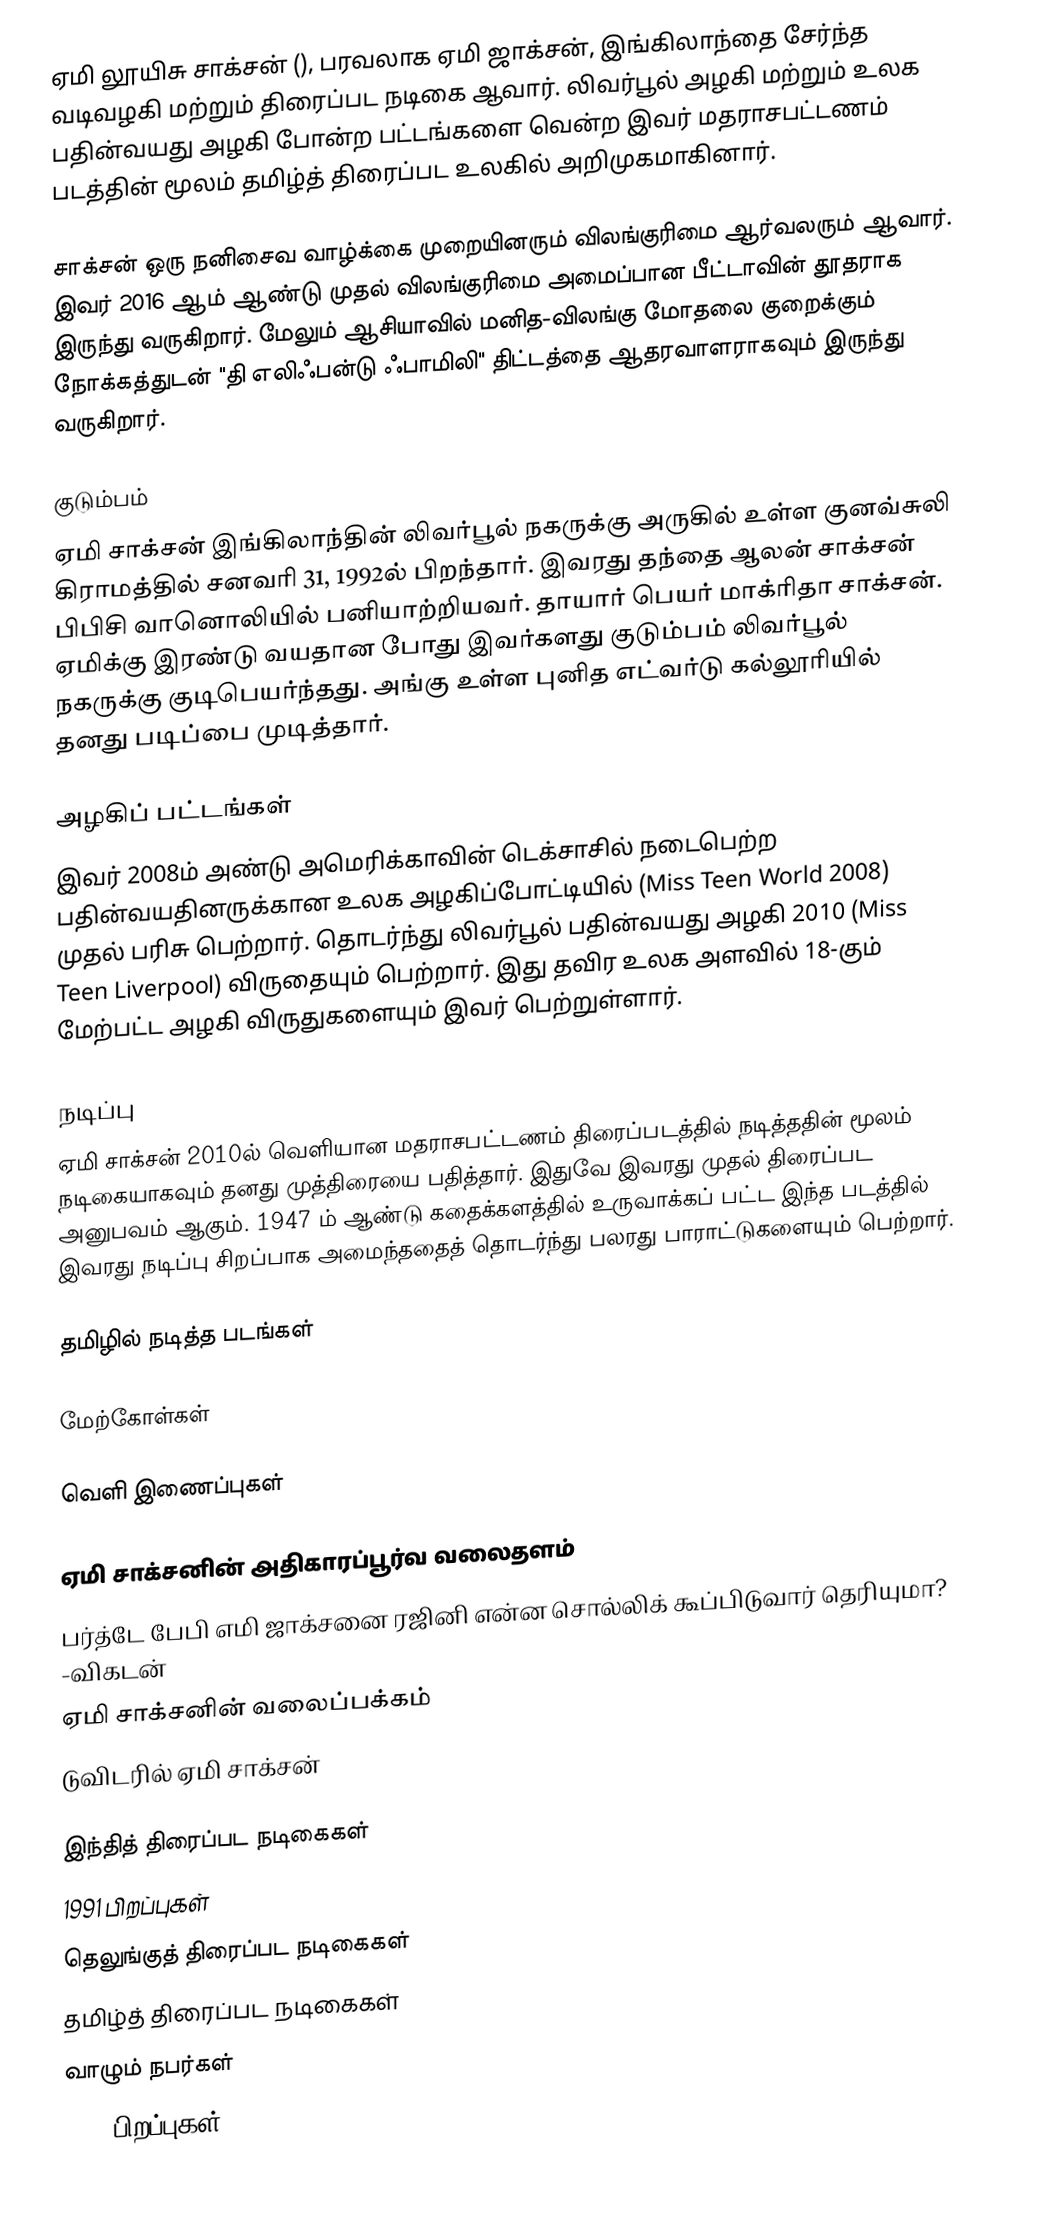
ஏமி லூயிசு சாக்சன் (), பரவலாக ஏமி ஜாக்சன், இங்கிலாந்தை சேர்ந்த வடிவழகி மற்றும் திரைப்பட நடிகை ஆவார். லிவர்பூல் அழகி மற்றும் உலக பதின்வயது அழகி போன்ற பட்டங்களை வென்ற இவர் மதராசபட்டணம் படத்தின் மூலம் தமிழ்த் திரைப்பட உலகில் அறிமுகமாகினார்.

சாக்சன் ஒரு நனிசைவ வாழ்க்கை முறையினரும் விலங்குரிமை ஆர்வலரும் ஆவார். இவர் 2016 ஆம் ஆண்டு முதல் விலங்குரிமை அமைப்பான பீட்டாவின் தூதராக இருந்து வருகிறார். மேலும் ஆசியாவில் மனித-விலங்கு மோதலை குறைக்கும் நோக்கத்துடன் "தி எலிஃபன்டு ஃபாமிலி" திட்டத்தை ஆதரவாளராகவும் இருந்து வருகிறார்.

குடும்பம்
ஏமி சாக்சன் இங்கிலாந்தின் லிவர்பூல் நகருக்கு அருகில் உள்ள குனவ்சுலி கிராமத்தில் சனவரி 31, 1992ல் பிறந்தார். இவரது தந்தை ஆலன் சாக்சன் பிபிசி வானொலியில் பனியாற்றியவர். தாயார் பெயர் மாக்ரிதா சாக்சன். ஏமிக்கு இரண்டு வயதான போது இவர்களது குடும்பம் லிவர்பூல் நகருக்கு குடிபெயர்ந்தது. அங்கு உள்ள புனித எட்வர்டு கல்லூரியில் தனது படிப்பை முடித்தார்.

அழகிப் பட்டங்கள்
இவர் 2008ம் அண்டு அமெரிக்காவின் டெக்சாசில் நடைபெற்ற பதின்வயதினருக்கான உலக அழகிப்போட்டியில் (Miss Teen World 2008) முதல் பரிசு பெற்றார். தொடர்ந்து லிவர்பூல் பதின்வயது அழகி 2010 (Miss Teen Liverpool) விருதையும் பெற்றார். இது தவிர உலக அளவில் 18-கும் மேற்பட்ட அழகி விருதுகளையும் இவர் பெற்றுள்ளார்.

நடிப்பு
ஏமி சாக்சன் 2010ல் வெளியான மதராசபட்டணம் திரைப்படத்தில் நடித்ததின் மூலம் நடிகையாகவும் தனது முத்திரையை பதித்தார். இதுவே இவரது முதல் திரைப்பட அனுபவம் ஆகும். 1947 ம் ஆண்டு கதைக்களத்தில் உருவாக்கப் பட்ட இந்த படத்தில் இவரது நடிப்பு சிறப்பாக அமைந்ததைத் தொடர்ந்து பலரது பாராட்டுகளையும் பெற்றார்.

தமிழில் நடித்த படங்கள்

மேற்கோள்கள்

வெளி இணைப்புகள்

 ஏமி சாக்சனின் அதிகாரப்பூர்வ வலைதளம்
 பர்த்டே பேபி எமி ஜாக்சனை ரஜினி என்ன சொல்லிக் கூப்பிடுவார் தெரியுமா? -விகடன்
 ஏமி சாக்சனின் வலைப்பக்கம்
 டுவிடரில் ஏமி சாக்சன்

இந்தித் திரைப்பட நடிகைகள்
1991 பிறப்புகள்
தெலுங்குத் திரைப்பட நடிகைகள்
தமிழ்த் திரைப்பட நடிகைகள்
வாழும் நபர்கள்
1992 பிறப்புகள்